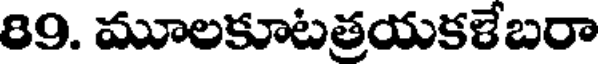
89. మూలకూటత్రయకళేబరా